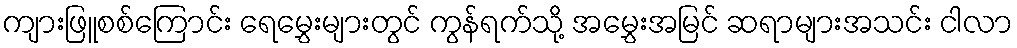
ကျားဖြူစစ်ကြောင်း ရေမွှေးများတွင် ကွန်ရက်သို့ အမွှေးအမြင် ဆရာများအသင်း ငါလာ